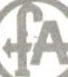
FA